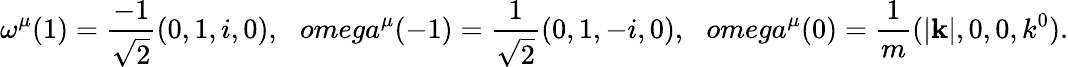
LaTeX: \omega^{\mu}(1)=\frac{-1}{\sqrt 2}(0,1,i,0),\ \ \, omega^{\mu}(-1)=\frac{1}{\sqrt 2}(0,1,-i,0),\ \ \, omega^{\mu}(0)=\frac{1}{m}(\vert{\mathbf k}\vert,0,0,k^{0}).